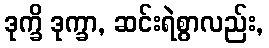
ဒုက္ခိ ဒုက္ခာ, ဆင်းရဲစွာလည်း,